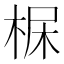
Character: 𣒺